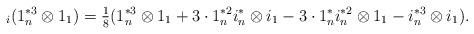
LaTeX: \begin{align*}_i (1_n^{*3}\otimes1_1) = \tfrac{1}{8}(&1_n^{\ast 3}\otimes 1_1+3\cdot1_n^{\ast 2}i_n^{\ast}\otimes i_1-3\cdot1_n^{\ast} i_n^{\ast 2}\otimes 1_1-i_n^{\ast 3}\otimes i_1).\end{align*}